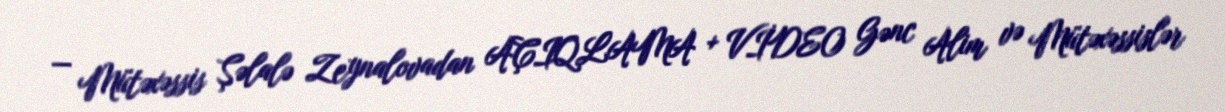
— Mütəxəssis Şəlalə Zeynalovadan AÇIQLAMA + VİDEO Gənc Alim və Mütəxəssislər